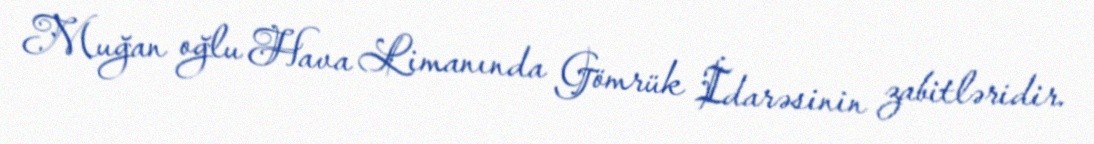
Muğan oğlu Hava Limanında Gömrük İdarəsinin zabitləridir.